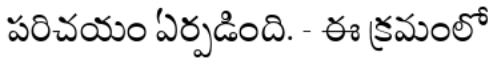
పరిచయం ఏర్పడింది. - ఈ క్రమంలో